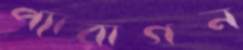
প্যারাগন